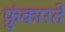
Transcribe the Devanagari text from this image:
फ़ुंकारते